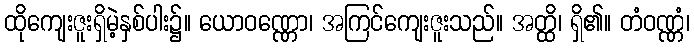
ထိုကျေးဇူးရှိမဲ့နှစ်ပါး၌။ ယောဝဏ္ဏော၊ အကြင်ကျေးဇူးသည်။ အတ္ထိ၊ ရှိ၏။ တံဝဏ္ဏံ၊